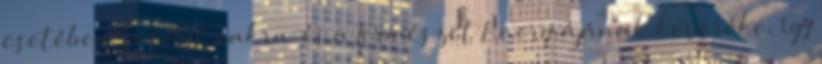
esetében Sötét Chakra és a Természet Energiájának keveréke, így